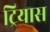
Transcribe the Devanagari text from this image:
ट्रियास